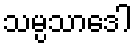
သမ္ပသာဒေါ